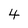
Character: 4